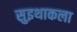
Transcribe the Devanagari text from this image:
सुइथाकला